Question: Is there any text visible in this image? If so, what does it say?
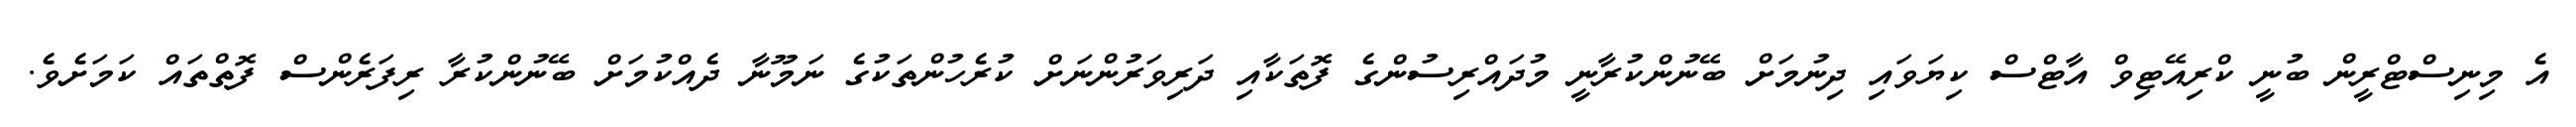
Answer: އެ މިނިސްޓްރީން ބުނީ ކްރިއޭޓިވް އާޓްސް ކިޔަވައި ދިނުމަށް ބޭނުންކުރާނީ މުދައްރިސުންގެ ފޮތަކާއި ދަރިވަރުންނަށް ކުރެހުންތަކުގެ ނަމޫނާ ދެއްކުމަށް ބޭނުންކުރާ ރިފަރެންސް ފޮތްތައް ކަމަށެވެ.